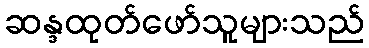
ဆန္ဒထုတ်ဖော်သူများသည်